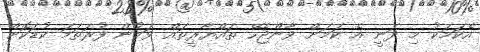
އެކަމަކު މި ދަނީ އެ ކަމަށް ވާންޖެހޭ ތައްޔާރީތައް ވަމުން ފުރަތަމަ ކުޑަކޮށް